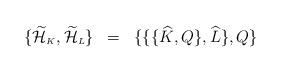
LaTeX: \begin{align*}\{\widetilde{\cal H}_{\scriptscriptstyle K},\widetilde{\cal H}_{\scriptscriptstyle L}\}\;\; = \;\; \{\{\{\widehat{K},Q\},\widehat{L}\},Q\}\end{align*}